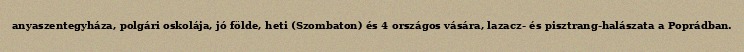
anyaszentegyháza, polgári oskolája, jó földe, heti (Szombaton) és 4 országos vására, lazacz- és pisztrang-halászata a Poprádban.